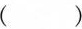
（）